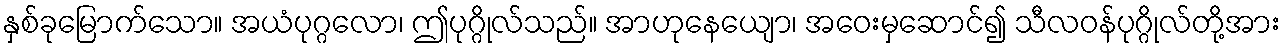
နှစ်ခုမြောက်သော။ အယံပုဂ္ဂလော၊ ဤပုဂ္ဂိုလ်သည်။ အာဟုနေယျော၊ အဝေးမှဆောင်၍ သီလဝန်ပုဂ္ဂိုလ်တို့အား